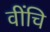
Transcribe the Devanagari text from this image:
वींचि